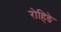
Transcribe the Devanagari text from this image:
रोहिङे